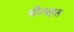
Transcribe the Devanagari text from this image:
पीरमहल